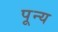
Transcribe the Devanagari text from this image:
पून्य